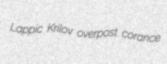
Lappic Krilov overpost corance